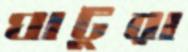
ঘাটুরা